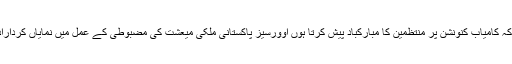
اُنہوں نے کہا کہ کامیاب کنونشن پر منتظمین کا مبارکباد پیش کرتا ہوں اوورسیز پاکستانی ملکی میعشت کی مضبوطی کے عمل میں نمایاں کردارادا کررہے ہیں۔